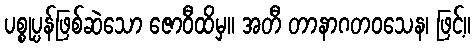
ပစ္စုပ္ပန်ဖြစ်ဆဲသော ဇောဝီထိမှ။ အတီ တာနာဂတဝသေန၊ ဖြင့်။